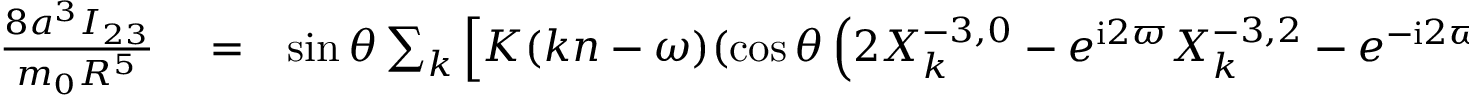
\begin{array} { r l r } { \frac { 8 a ^ { 3 } I _ { 2 3 } } { m _ { 0 } R ^ { 5 } } } & { { } = } & { \sin \theta \sum _ { k } \Big [ K ( k n - \omega ) ( \cos \theta \left( 2 X _ { k } ^ { - 3 , 0 } - e ^ { \mathrm { i } 2 \varpi } X _ { k } ^ { - 3 , 2 } - e ^ { - \mathrm { i } 2 \varpi } X _ { k } ^ { - 3 , - 2 } \right) - \left( e ^ { \mathrm { i } 2 \varpi } X _ { k } ^ { - 3 , 2 } - e ^ { - \mathrm { i } 2 \varpi } X _ { k } ^ { - 3 , - 2 } \right) ) \left( e ^ { \mathrm { i } 2 \varpi } X _ { k } ^ { - 3 , - 2 } - e ^ { - \mathrm { i } 2 \varpi } X _ { k } ^ { - 3 , 2 } \right) } \end{array}